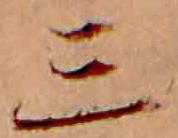
三